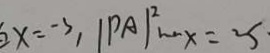
x = - 3 , \vert P A \vert ^ { 2 } _ { 1 \cdots x } x = 2 5